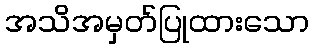
အသိအမှတ်ပြုထားသော